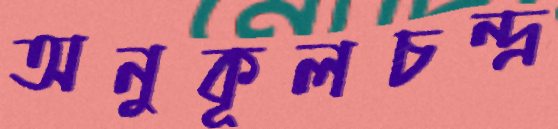
অনুকূলচন্দ্র